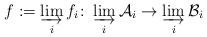
LaTeX: \begin{align*}f := \varinjlim_i f_i\colon \varinjlim_i \mathcal A_i \to \varinjlim_i \mathcal B_i\end{align*}